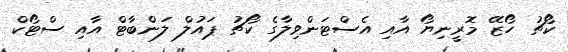
ކޯޗު ހޯޒޭ މޮރީނިޔޯ އާއި އެސްޓަންވިލާގެ ކޯޗު ޕައުލް ލަންބާޓް އާއި ސްޓޯކް